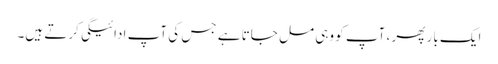
ایک بار پھر ، آپ کو وہی مل جاتا ہے جس کی آپ ادائیگی کرتے ہیں۔